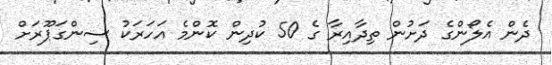
ދެން އެލޯންގެ ދަށުން ތިދާއިރާ ގެ 50 ކުދިން ކޮންމެ އަހަރަކު ސިންގަޕޫރަށް